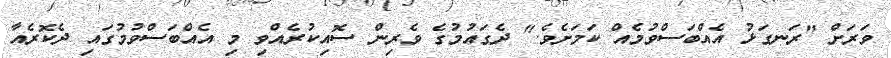
ވަރަށް "ރަނގަޅު އެއްބަސްވުމެއް ކަމަށެވެ." ދެގައުމުގެ ވެރިން ސޮއިކުރެއްވި މި އެއްބަސްވުމުގައި ދެކޮރެއާ